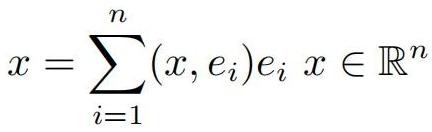
\[
x = \sum_{i=1}^{n} (x, e_i)e_i \ x \in \mathbb{R}^n
\]